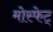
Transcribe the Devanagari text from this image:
मोस्फेट्